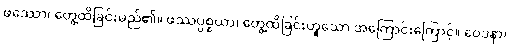
ဖဿော၊ တွေ့ထိခြင်းမည်၏။ ဖဿပ္ပစ္စယာ၊ တွေ့ထိခြင်းဟူသော အကြောင်းကြောင့်။ ဝေဒနာ၊